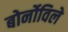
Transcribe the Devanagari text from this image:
बोर्नोविले